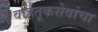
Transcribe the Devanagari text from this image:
वाहतूकसेवांचा